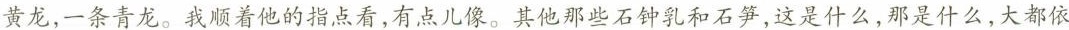
黄龙，一条青龙。我顺着他的指点看，有点儿像。其他那些石钟乳和石笋，这是什么，那是什么，大都依